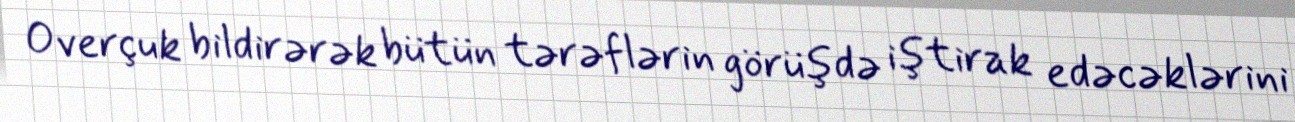
Overçuk bildirərək bütün tərəflərin görüşdə iştirak edəcəklərini